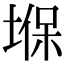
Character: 堢